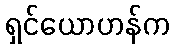
ရှင်ယောဟန်က